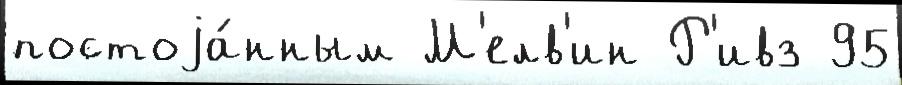
постоjа́нным М'елв'ин Р'ивз 95